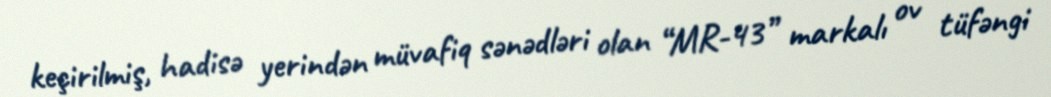
keçirilmiş, hadisə yerindən müvafiq sənədləri olan “MR-43” markalı ov tüfəngi